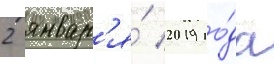
2 январ'я́ 2019 го́да